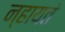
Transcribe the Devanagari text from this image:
न्हायतं